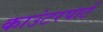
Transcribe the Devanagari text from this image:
काउंटरपार्ट